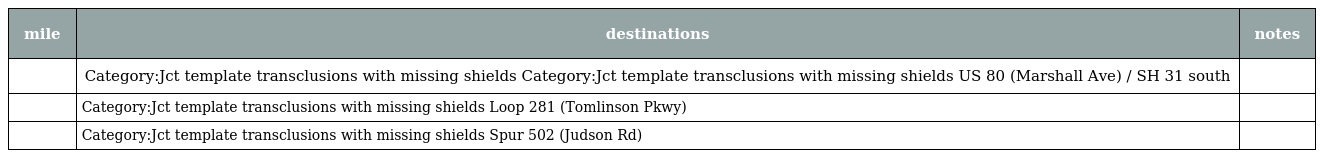
| mile | destinations | notes |
 | --- | --- | --- |
 |  | Category:Jct template transclusions with missing shields Category:Jct template transclusions with missing shields US 80 (Marshall Ave) / SH 31 south |  |
 |  | Category:Jct template transclusions with missing shields Loop 281 (Tomlinson Pkwy) |  |
 |  | Category:Jct template transclusions with missing shields Spur 502 (Judson Rd) |  |